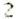
2